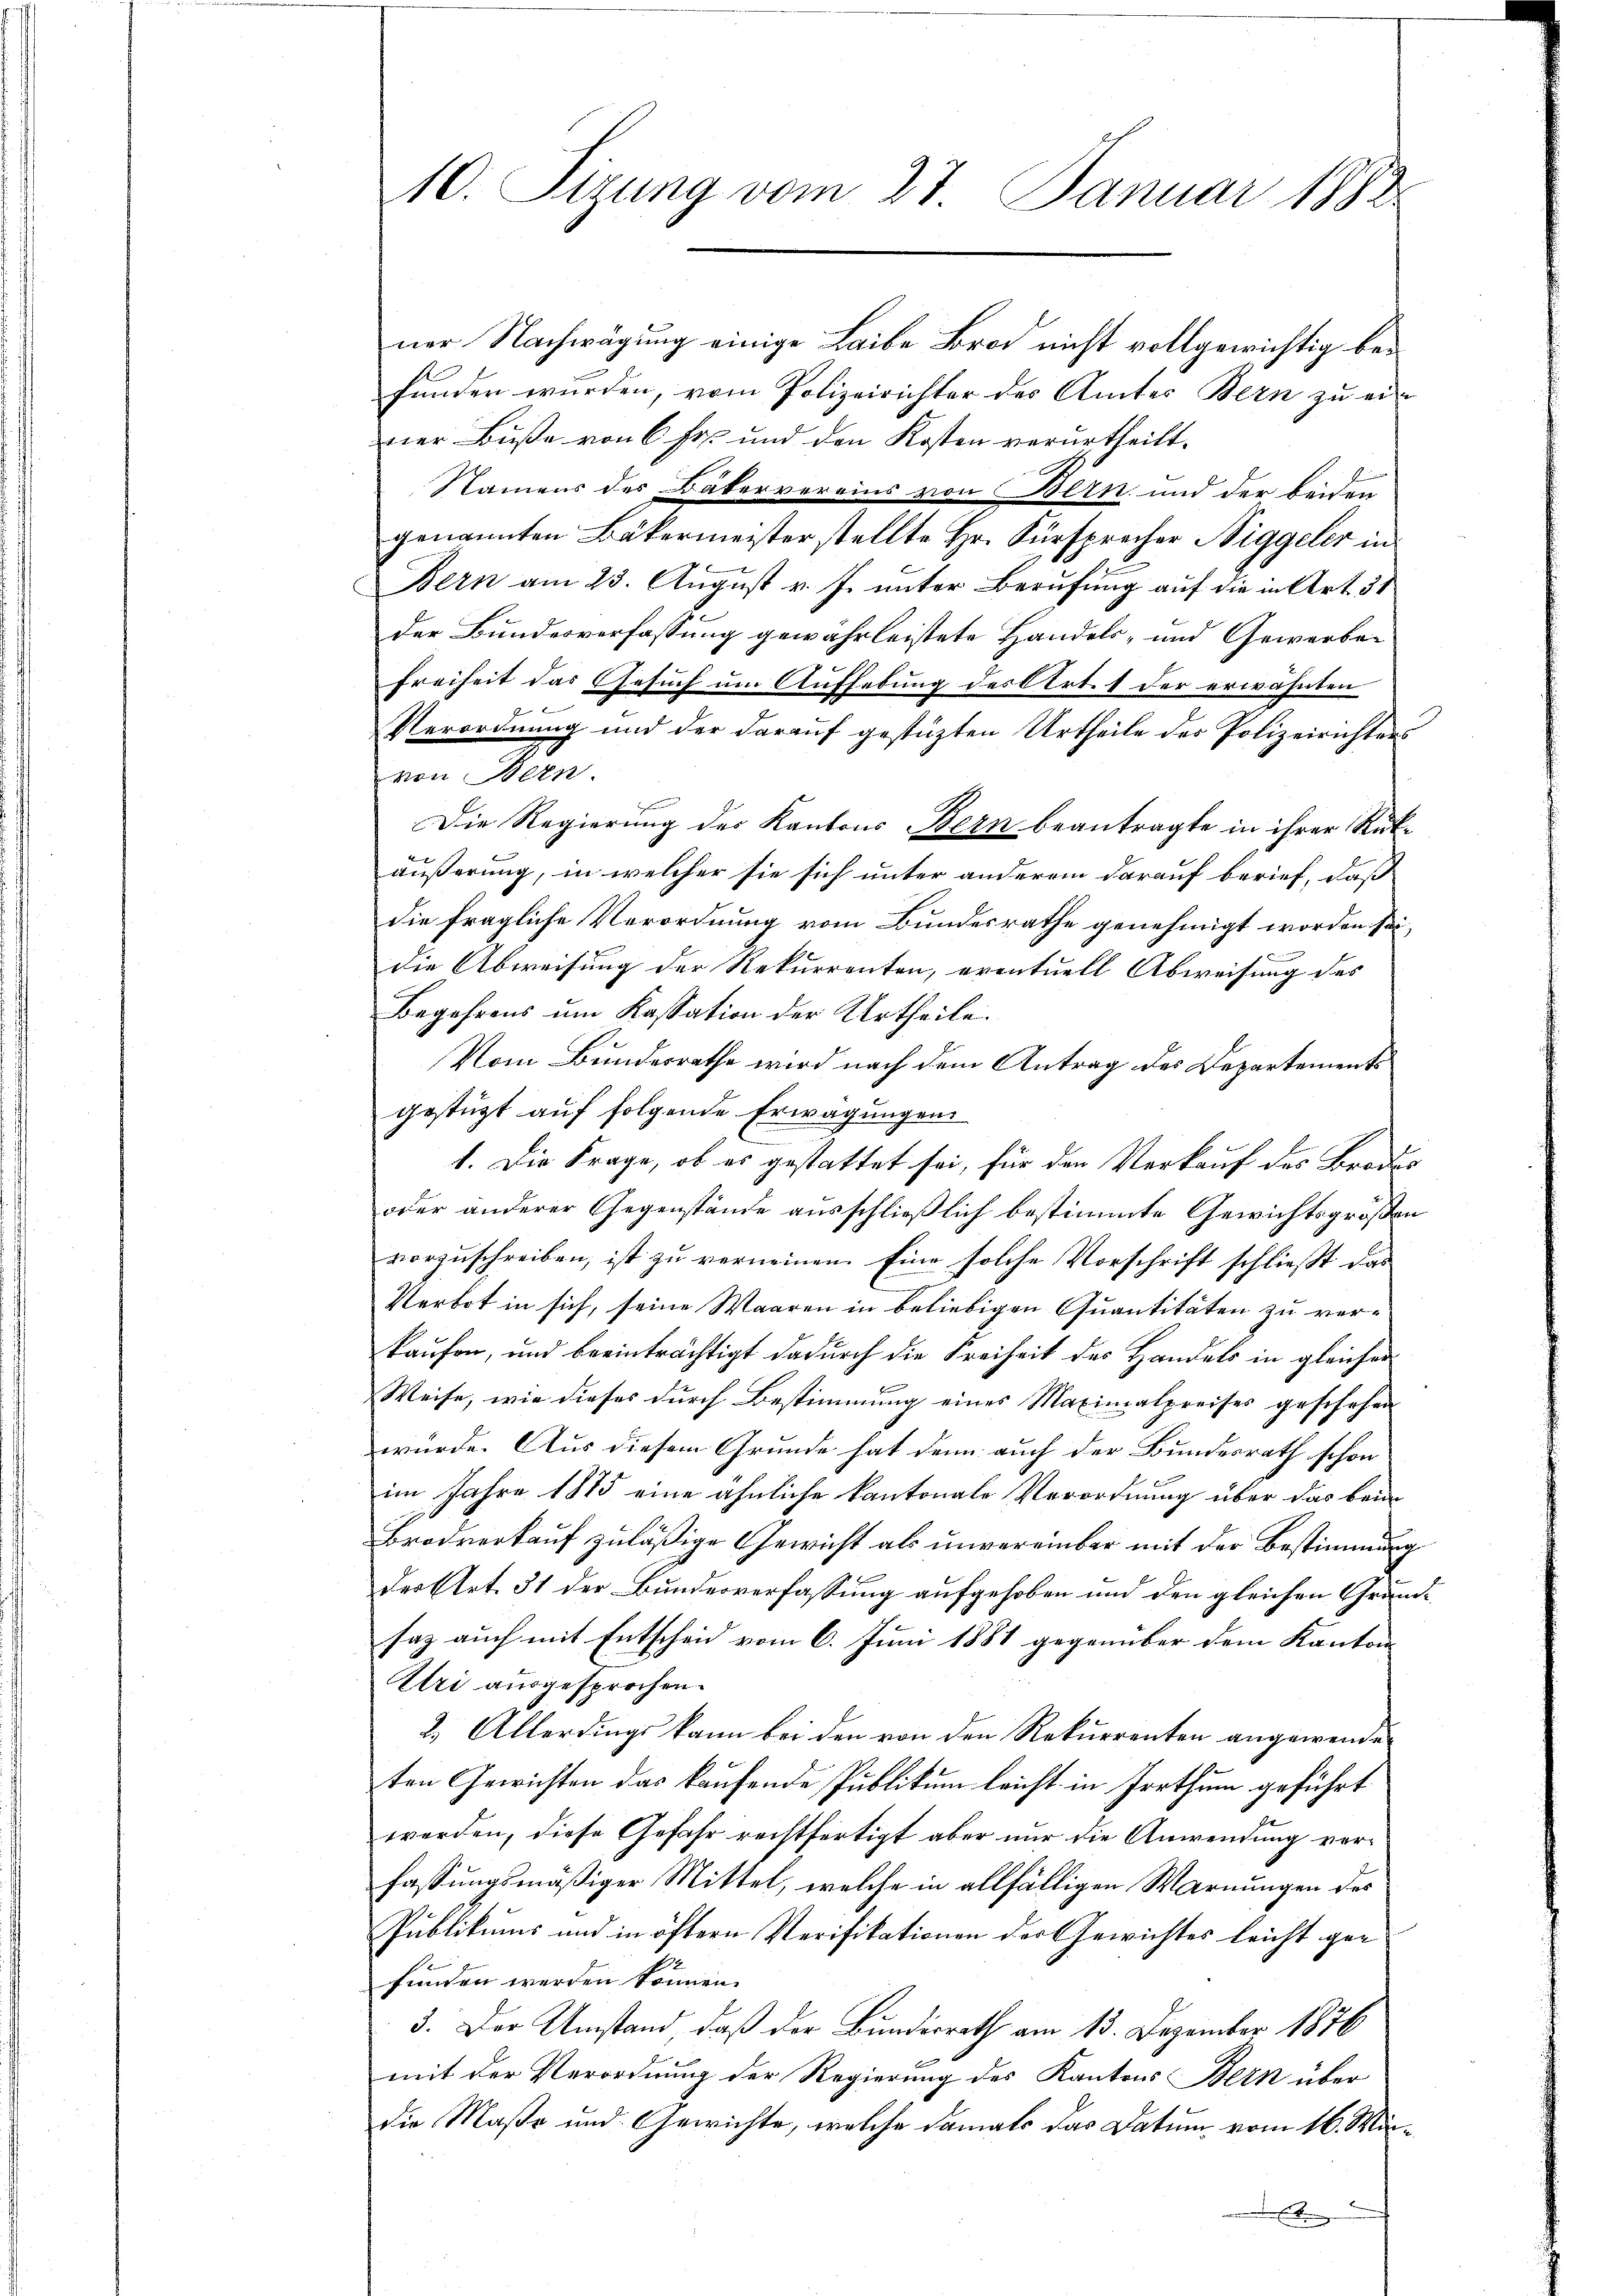
10. Sizung vom 27. Januar 1892.

ner Nachwägung einige Leibe Brod nicht vollgewichtig bei
.
funden wurden, vom Polizeirichter des Amtes Bern zu ein
ner Buße von 6 Fr. und den Kosten verurtheilt.
Namens des Bäkervereins von Bern und der beiden
genannten Bäkermeister stellte Hr. Fürsprecher Niggeler in
Bern am 23. August v. J. unter Berufung auf die in Art. 31
der Bundesverfassung gewährleistete Handels- und Gewerbe¬
Freiheit das Gesuch um Aufhebung des Art. 1 der erwähnten

Verordnung und der darauf gestützten Urtheile des Polizeirichters
von Bern.
Die Regierung des Kantons Bern beantragte in ihrer Rükäußerung, in welcher sie sich unter anderem darauf berief, daß
die fragliche Verordnung vom Bundesrathe genehmigt worden sei,
die Abweisung der Rekurrenten, eventuell Abweisung des
Begehrens um Kassation der Urtheile.
Vom Bundesrathe wird nach dem Antrag des Departements
gestützt auf folgende Erwägungen
1. Die Frage, ob es gestattet sei, für den Verkauf des Brodes
oder anderer Gegenstände ausschließlich bestimmte Gewichtsgroßen
vorzuschreiben, ist zu verneinen. Eine solche Vorschrift schließt das
Verbot in sich, seine Waaren in beliebigen Quantitäten zu verkaufen, und beeinträchtigt dadurch die Freiheit des Handels in gleicher
Weise, wie dieses durch Bestimmung eines Maximalpreises geschehen
wurde. Aus diesem Grunde hat denn auch der Bundesrath schon
im Jahre 1875 eine ähnliche kantonale Verordnung über das beim
Brodverkauf zuläßige Gewicht als unvereinbar mit der Bestimmung
der Art. 31 der Bundesverfassung aufgehoben und den gleichen Grundsaz auch mit Entscheid vom 6. Juni 1881 gegenüber dem Kanton
Uri ausgesprochen.
2.) Allerdings kann bei den von den Rekurrenten angewendeten Gewichten das kaufende Publikum leicht in Irrthum geführt
werden, diese Gefahr rechtfertigt aber nur die Anwendung verfassungsmäßiger Mittel, welche in allfälligen Warnungen des
Publikums und in öftern Verifikationen der Gewichtes leicht gefunden werden können.
3. Der Umstand, daß der Bundesrath am 13. Dezember 1876
mit der Verordnung der Regierung des Kantons Bern über
die Maße und Gewichte, welche damals das Datum vom 16. Mär¬
E